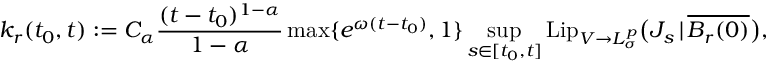
k _ { r } ( t _ { 0 } , t ) : = C _ { \alpha } \frac { ( t - t _ { 0 } ) ^ { 1 - \alpha } } { 1 - \alpha } \operatorname* { m a x } \{ e ^ { \omega ( t - t _ { 0 } ) } , 1 \} \operatorname* { s u p } _ { s \in [ t _ { 0 } , t ] } \mathrm { L i p } _ { V \to L _ { \sigma } ^ { p } } \big ( J _ { s } \, | \, \overline { { B _ { r } ( 0 ) } } \big ) ,